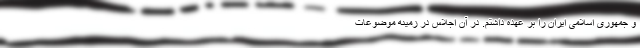
و جمهوری اسلامی ایران را بر عهده داشتم. در آن اجلاس در زمینه موضوعات